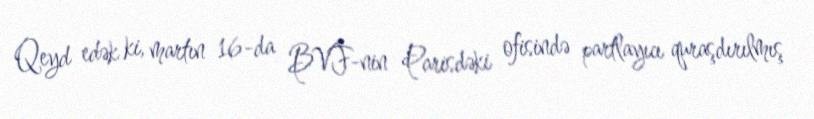
Qeyd edək ki, martın 16-da BVF-nin Parisdəki ofisində partlayıcı quraşdırılmış